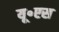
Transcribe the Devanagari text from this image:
यू॰एस